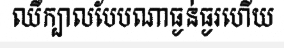
ឈឺក្បាលបែបណាធ្ងន់ធ្ងរហើយ